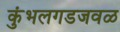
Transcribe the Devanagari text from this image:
कुंभलगडजवळ